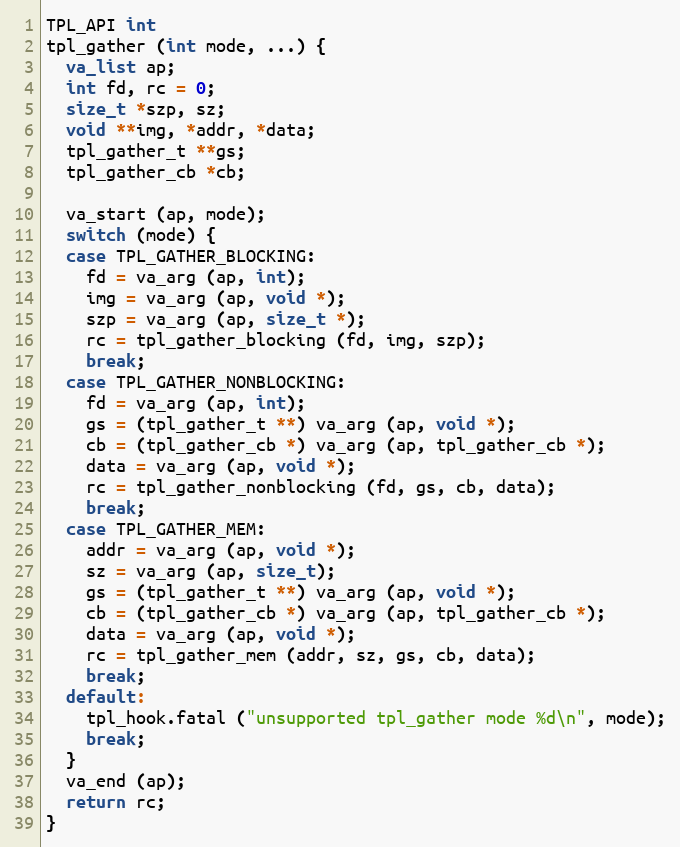
Language: C
TPL_API int
tpl_gather (int mode, ...) {
  va_list ap;
  int fd, rc = 0;
  size_t *szp, sz;
  void **img, *addr, *data;
  tpl_gather_t **gs;
  tpl_gather_cb *cb;

  va_start (ap, mode);
  switch (mode) {
  case TPL_GATHER_BLOCKING:
    fd = va_arg (ap, int);
    img = va_arg (ap, void *);
    szp = va_arg (ap, size_t *);
    rc = tpl_gather_blocking (fd, img, szp);
    break;
  case TPL_GATHER_NONBLOCKING:
    fd = va_arg (ap, int);
    gs = (tpl_gather_t **) va_arg (ap, void *);
    cb = (tpl_gather_cb *) va_arg (ap, tpl_gather_cb *);
    data = va_arg (ap, void *);
    rc = tpl_gather_nonblocking (fd, gs, cb, data);
    break;
  case TPL_GATHER_MEM:
    addr = va_arg (ap, void *);
    sz = va_arg (ap, size_t);
    gs = (tpl_gather_t **) va_arg (ap, void *);
    cb = (tpl_gather_cb *) va_arg (ap, tpl_gather_cb *);
    data = va_arg (ap, void *);
    rc = tpl_gather_mem (addr, sz, gs, cb, data);
    break;
  default:
    tpl_hook.fatal ("unsupported tpl_gather mode %d\n", mode);
    break;
  }
  va_end (ap);
  return rc;
}